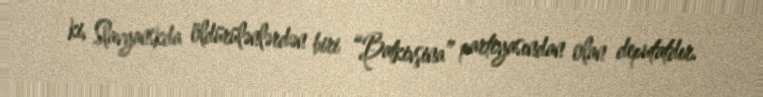
ki, Slavyanskda öldürülənlərdən biri “Batkivşina” partiyasından olan deputatdır.